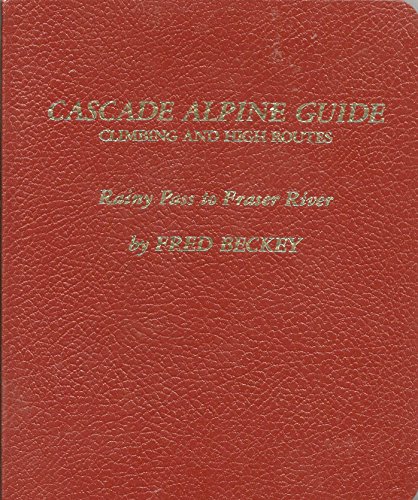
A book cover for CASCADE ALPINE GUIDE, CLIMBING AND HIGH ROUTES Rainy Pass to Fraser River; Fred Beckey; Travel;